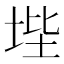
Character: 㙄